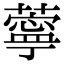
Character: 薴